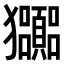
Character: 𤣠